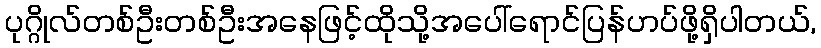
ပုဂ္ဂိုလ်တစ်ဦးတစ်ဦးအနေဖြင့်ထိုသို့အပေါ်ရောင်ပြန်ဟပ်ဖို့ရှိပါတယ်,